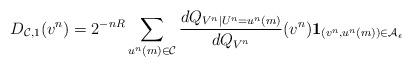
LaTeX: \begin{align*} D_{{\cal C}, 1}(v^n) &= 2^{-nR} \sum_{u^n(m) \in {\cal C}} \frac{d Q_{V^n|U^n=u^n(m)}}{d Q_{V^n}} (v^n) \mathbf{1}_{(v^n,u^n(m)) \in {\cal A}_{\epsilon}} \end{align*}